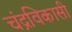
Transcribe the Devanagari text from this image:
चंद्रविकासी